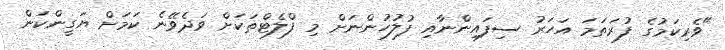
"ވެރިކަމުގެ ފުރަތަމަ އަހަރު ސިފައިންނާއި ފުލުހުންނަށް މި ފްލެޓްތަކަށް ވަދެވޭނެ ކަމަށް ޔަގީންކަން